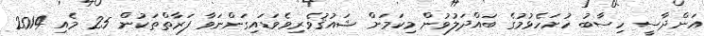
އަންދާސީ ހިސާބު ހުށަހެޅުމުގެ ބައްދަލުވުން މިކަމަށް ޝައުޤުވެރިވެވަޑައިގަންނަވާ ފަރާތްތަކުން 25 މެއި 2014